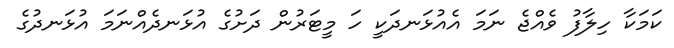
ކަމަކާ ހިލާފު ވެއްޖެ ނަމަ އެއުޅަނދަކީ ހަ މީޓަރުން ދަށުގެ އުޅަނދެއްނަމަ އުޅަނދުގެ